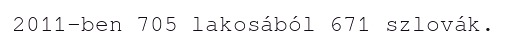
2011-ben 705 lakosából 671 szlovák.